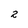
Character: 2